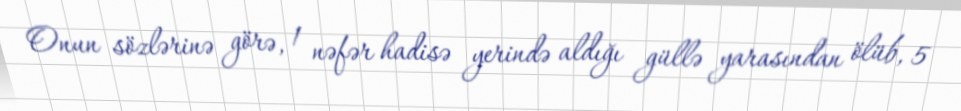
Onun sözlərinə görə, 1 nəfər hadisə yerində aldığı güllə yarasından ölüb, 5